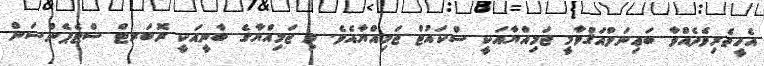
އެހީތެރިވެދެއްވާ ބަޢިނަލްއަޤްވާމީ ޖަމިއްޔާއަކީ ސްކައުޓް ޖަމިއްޔާއެވެ. މި ޖަމިއްޔާގެ ބާނީއަކީ ރޮބަރޓް ސްޓެޕެންސަން